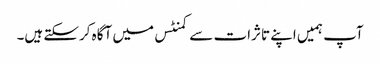
آپ ہمیں اپنے تاثرات سے کمنٹس میں آگاہ کرسکتے ہیں۔